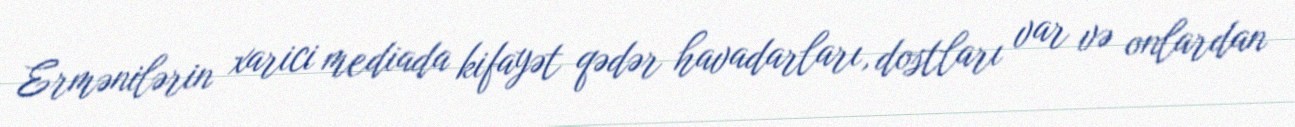
Ermənilərin xarici mediada kifayət qədər havadarları, dostları var və onlardan